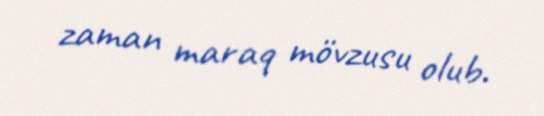
zaman maraq mövzusu olub.